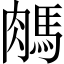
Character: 𦟖